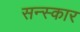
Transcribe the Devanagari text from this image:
सन्स्कार